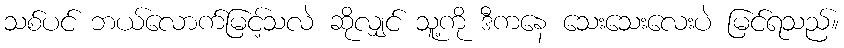
သစ်ပင် ဘယ်လောက်မြင့်သလဲ ဆိုလျှင် သူ့ကို ဒီကနေ သေးသေးလေးပဲ မြင်ရသည်။